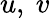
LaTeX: u,~v